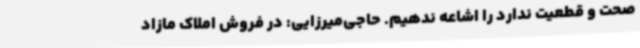
صحت و قطعیت ندارد را اشاعه ندهیم. حاجی‌میرزایی: در فروش املاک مازاد